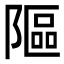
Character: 䧢